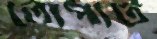
লোপাট